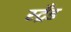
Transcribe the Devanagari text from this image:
स्ट्रँड